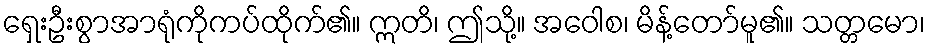
ရှေးဦးစွာအာရုံကိုကပ်ထိုက်၏။ ဣတိ၊ ဤသို့။ အဝေါစ၊ မိန့်တော်မူ၏။ သတ္တမော၊